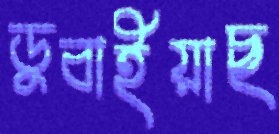
ডুবাইয়াছ